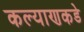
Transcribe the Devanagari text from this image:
कल्याणकडे